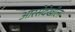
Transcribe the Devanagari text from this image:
आरसेदेखील